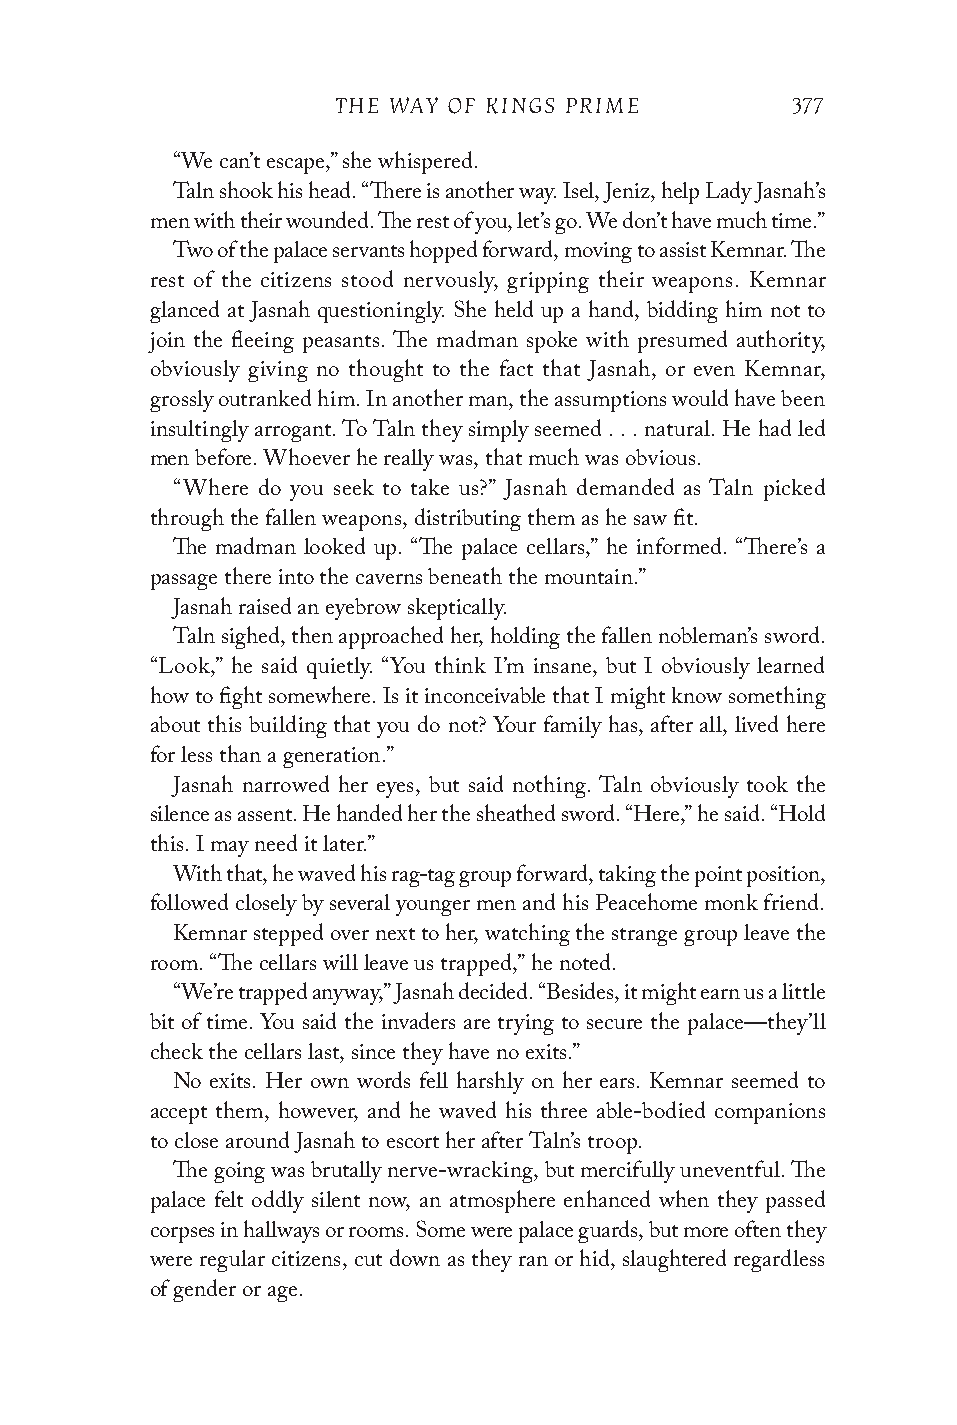
THE WAY OF KINGS PRIME        377
 “We can’t escape,” she whispered.
 Taln shook his head. “There is another way. Isel, Jeniz, help Lady Jasnah’s
 men with their wounded. The rest of you, let’s go. We don’t have much time.”
 Two of the palace servants hopped forward, moving to assist Kemnar. The
 rest of the citizens stood nervously, gripping their weapons. Kemnar
 glanced at Jasnah questioningly. She held up a hand, bidding him not to
 join the fleeing peasants. The madman spoke with presumed authority,
 obviously giving no thought to the fact that Jasnah, or even Kemnar,
 grossly outranked him. In another man, the assumptions would have been
 insultingly arrogant. To Taln they simply seemed . . . natural. He had led
 men before. Whoever he really was, that much was obvious.
 “Where do you seek to take us?” Jasnah demanded as Taln picked
 through the fallen weapons, distributing them as he saw fit.
 The madman looked up. “The palace cellars,” he informed. “There’s a
 passage there into the caverns beneath the mountain.”
 Jasnah raised an eyebrow skeptically.
 Taln sighed, then approached her, holding the fallen nobleman’s sword.
 “Look,” he said quietly. “You think I’m insane, but I obviously learned
 how to fight somewhere. Is it inconceivable that I might know something
 about this building that you do not? Your family has, after all, lived here
 for less than a generation.”
 Jasnah narrowed her eyes, but said nothing. Taln obviously took the
 silence as assent. He handed her the sheathed sword. “Here,” he said. “Hold
 this. I may need it later.”
 With that, he waved his rag-tag group forward, taking the point position,
 followed closely by several younger men and his Peacehome monk friend.
 Kemnar stepped over next to her, watching the strange group leave the
 room. “The cellars will leave us trapped,” he noted.
 “We’re trapped anyway,” Jasnah decided. “Besides, it might earn us a little
 bit of time. You said the invaders are trying to secure the palace—they’ll
 check the cellars last, since they have no exits.”
 No exits. Her own words fell harshly on her ears. Kemnar seemed to
 accept them, however, and he waved his three able-bodied companions
 to close around Jasnah to escort her after Taln’s troop.
 The going was brutally nerve-wracking, but mercifully uneventful. The
 palace felt oddly silent now, an atmosphere enhanced when they passed
 corpses in hallways or rooms. Some were palace guards, but more often they
 were regular citizens, cut down as they ran or hid, slaughtered regardless
 of gender or age.